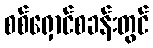
စစ်ရှောင်စခန်းတွင်